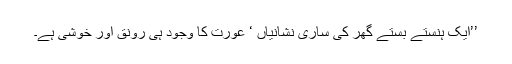
’’ایک ہنستے بستے گھر کی ساری نشانیاں ‘ عورت کا وجود ہی رونق اور خوشی ہے۔